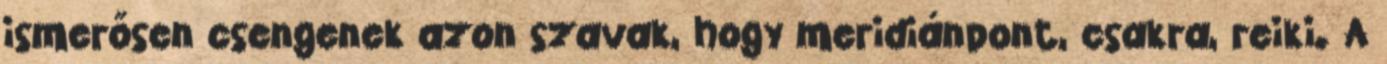
ismerősen csengenek azon szavak, hogy meridiánpont, csakra, reiki. A